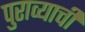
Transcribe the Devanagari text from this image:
पुराव्याची